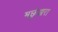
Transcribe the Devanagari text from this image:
मछुंआरा